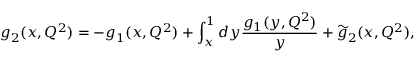
g _ { 2 } ( x , Q ^ { 2 } ) = - g _ { 1 } ( x , Q ^ { 2 } ) + \int _ { x } ^ { 1 } d y \frac { g _ { 1 } ( y , Q ^ { 2 } ) } { y } + \widetilde { g } _ { 2 } ( x , Q ^ { 2 } ) ,